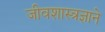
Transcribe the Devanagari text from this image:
जीवशास्त्रज्ञाने